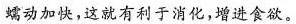
蠕动加快，这就有利于消化，增进食欲。